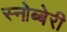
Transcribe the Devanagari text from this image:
स्नोब्बेरी